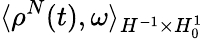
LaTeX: \langle\rho^{N}(t),\omega\rangle_{H^{-1}\times H_{0}^{1}}